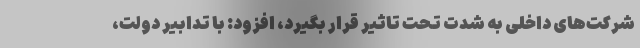
شرکت‌های داخلی به شدت تحت تاثیر قرار بگیرد، افزود: با تدابیر دولت،